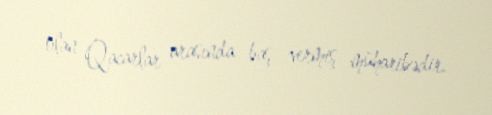
olan Qacarlar arasında baş vermiş müharibədir.